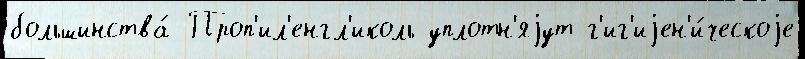
большинства́ Проп'ил'енгл'иколь уплотн'яjут г'иг'иjен'и́ческоjе